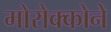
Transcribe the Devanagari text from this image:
मोरोक्कोने